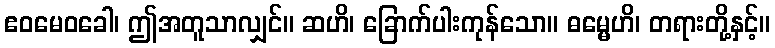
ဧဝမေဝခေါ၊ ဤအတူသာလျှင်။ ဆဟိ၊ ခြောက်ပါးကုန်သော။ ဓမ္မေဟိ၊ တရားတို့နှင့်။